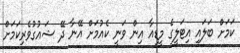
ކަމަށް ބަލައި އިޓަލީގެ މީޑިއާ އިން ވަނީ ކެއުމަށް އޭނާ ދޭ ޝައުގުވެރިކަމަށް